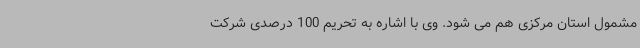
مشمول استان مرکزی هم می شود. وی با اشاره به تحریم 100 درصدی شرکت